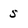
Character: 5